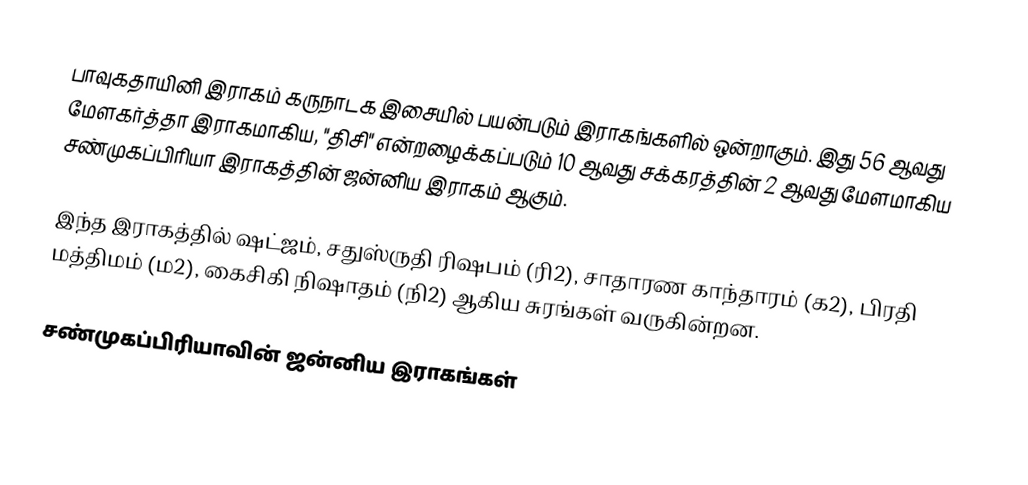
பாவுகதாயினி இராகம் கருநாடக இசையில் பயன்படும் இராகங்களில் ஒன்றாகும். இது 56 ஆவது மேளகர்த்தா இராகமாகிய, "திசி" என்றழைக்கப்படும் 10 ஆவது சக்கரத்தின் 2 ஆவது மேளமாகிய சண்முகப்பிரியா இராகத்தின் ஜன்னிய இராகம் ஆகும்.

இந்த இராகத்தில் ஷட்ஜம், சதுஸ்ருதி ரிஷபம் (ரி2),  சாதாரண காந்தாரம் (க2), பிரதி மத்திமம் (ம2), கைசிகி நிஷாதம்  (நி2) ஆகிய சுரங்கள் வருகின்றன.

சண்முகப்பிரியாவின் ஜன்னிய இராகங்கள்